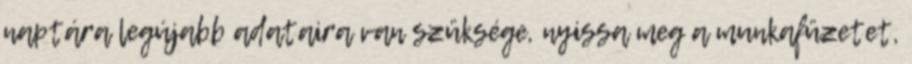
naptára legújabb adataira van szüksége, nyissa meg a munkafüzetet,